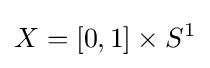
X=[0,1]\times S^{1}